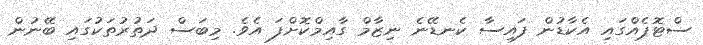
ސްޓޮޕެއްގައި އެކާޑުން ފައިސާ ކެނޑޭނެ ނިޒާމް ގާއިމްކޮށްފަ އެވެ. މިބަސް ދަތުރުތަކުގައި ބޭނުން